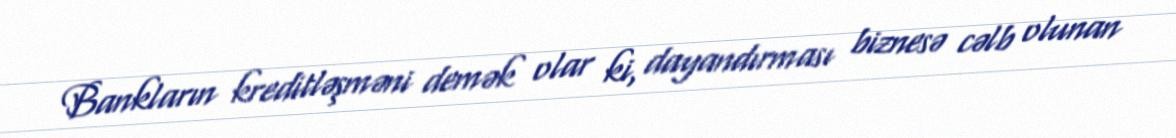
Bankların kreditləşməni demək olar ki, dayandırması biznesə cəlb olunan